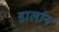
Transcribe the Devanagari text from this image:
डार्लान